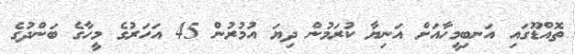
ތޮއްޑޫގައި އަނބިމީހާއަށް އަނިޔާ ކުރަމުން ދިޔަ އުމުރުން 45 އަހަރުގެ މީހާގެ ބަންދުގެ